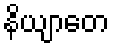
နိယျာတေ